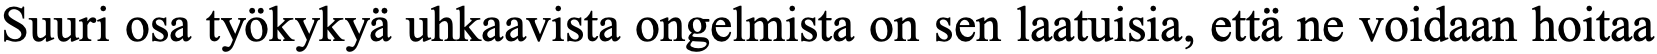
Suuri osa työkykyä uhkaavista ongelmista on sen laatuisia, että ne voidaan hoitaa